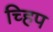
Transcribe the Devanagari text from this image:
च्हिप